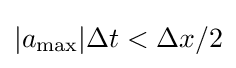
|a_{\max }|\Delta t<\Delta x/2